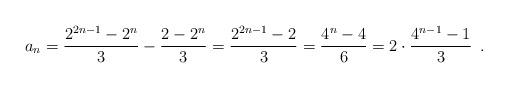
LaTeX: \begin{align*}a_n = \frac{2^{2n-1} - 2^n}{3} - \frac{2-2^n}{3} = \frac{2^{2n-1} - 2}{3} = \frac{4^n - 4}{6} = 2 \cdot \frac{4^{n-1}-1}{3} \enspace .\end{align*}